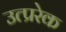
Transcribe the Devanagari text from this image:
उत्प्ररेक